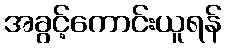
အခွင့်ကောင်းယူရန်